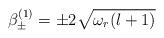
\begin{align*}\beta^{(1)}_{\pm} = \pm 2 \sqrt {\omega_r (l+1)}\end{align*}